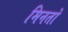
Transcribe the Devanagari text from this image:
मिनतो